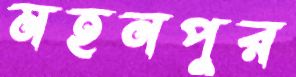
মহনপুর